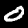
Label: 0